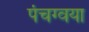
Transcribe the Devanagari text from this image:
पंचग्वया